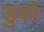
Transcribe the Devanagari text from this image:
डुको